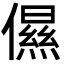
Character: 儑